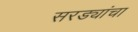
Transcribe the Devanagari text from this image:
सरड्यांचा